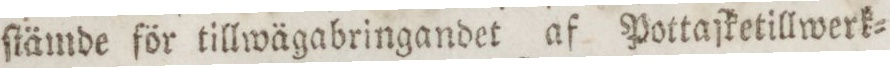
ſtämde för tillwägabringandet af Pottaſketillwerk=